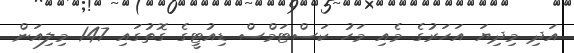
އަދި މިދިޔަ އަހަރުގެ މެއި މަހު ކަސްޓަމްސް ޑިއުޓީގެ ގޮތުގައި 147 މިލިއަން